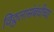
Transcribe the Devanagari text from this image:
विठ्ठलासंबंधीच्या